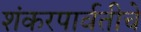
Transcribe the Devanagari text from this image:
शंकरपार्वतीचे